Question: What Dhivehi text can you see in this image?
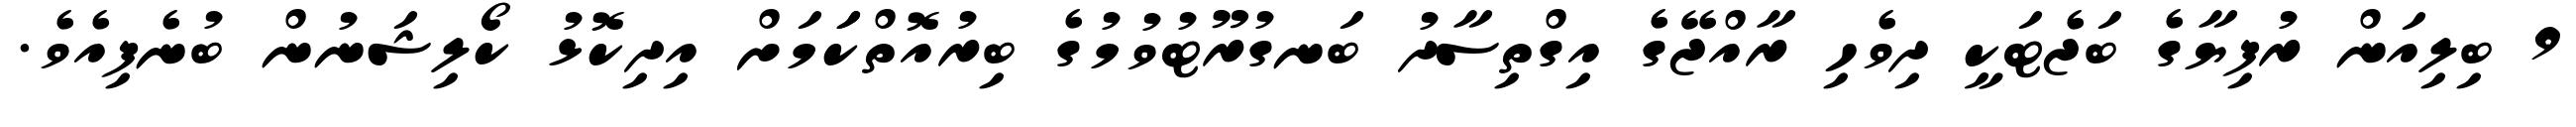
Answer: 9 ބިލިއަން ރުފިޔާގެ ބަޖެޓަކީ ދިވެހި ރާއްޖޭގެ އިގްތިސާދު ބަނގުރޫޓުވުމުގެ ބިރުއޮތްކަަމަށް އިދިކޮޅު ކޯލިޝަނުން ބުނެފިއެވެ.